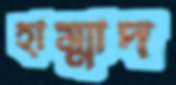
হাম্মাদ